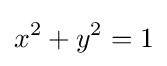
{\displaystyle }x^{2}+y^{2}=1